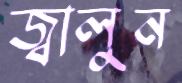
জ্বালুন